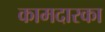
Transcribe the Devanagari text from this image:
कामदारका